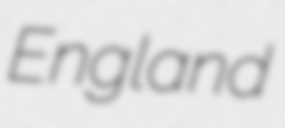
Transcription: England